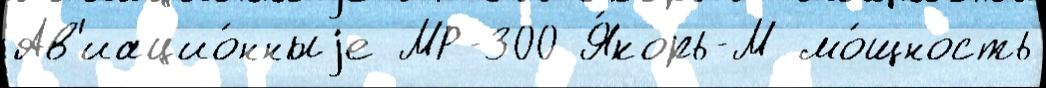
Ав'иацио́нныjе МР-300 Я́корь-М мо́щность